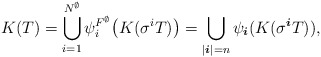
\begin{align*} K(T) = \bigcup_{i=1}^{N^{\emptyset}} \psi_i^{F^{\emptyset}} \big(K(\sigma^iT) \big) = \bigcup_{| \boldsymbol{i} | = n} \psi_{ \boldsymbol{i} } (K(\sigma^{ \boldsymbol{i} } T)),\end{align*}